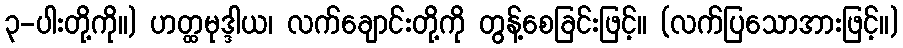
၃-ပါးတို့ကို။) ဟတ္ထမုဒ္ဒါယ၊ လက်ချောင်းတို့ကို တွန့်စေခြင်းဖြင့်။ (လက်ပြသောအားဖြင့်။)